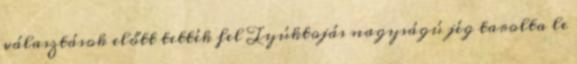
választások előtt tették fel Tyúktojás nagyságú jég tarolta le